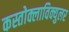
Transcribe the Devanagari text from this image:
कस्तोक्लाविक्युलर